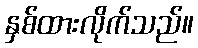
နှစ်ထားလိုက်သည်။